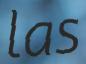
las